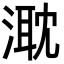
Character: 㴷